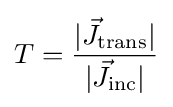
T={\frac {|{\vec {J}}_{\mathrm {trans} }|}{|{\vec {J}}_{\mathrm {inc} }|}}